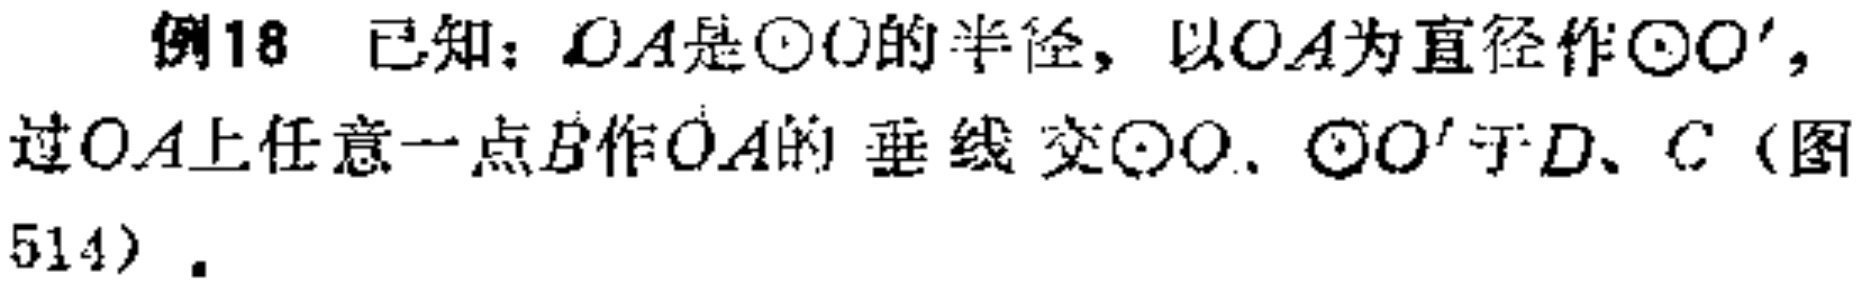
例18 已知：\(OA\)是\(\odot O\)的半径，以\(OA\)为直径作\(\odot O'\)，过\(OA\)上任意一点\(B\)作\(OA\)的垂线交\(\odot O\)、\(\odot O'\)于\(D\)、\(C\)（图514）.